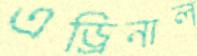
এড্রিনাল